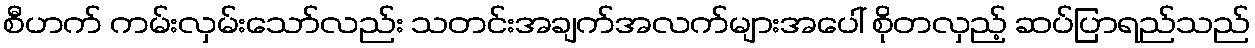
စီဟက် ကမ်းလှမ်းသော်လည်း သတင်းအချက်အလက်များအပေါ် စိုတလှည့် ဆပ်ပြာရည်သည်